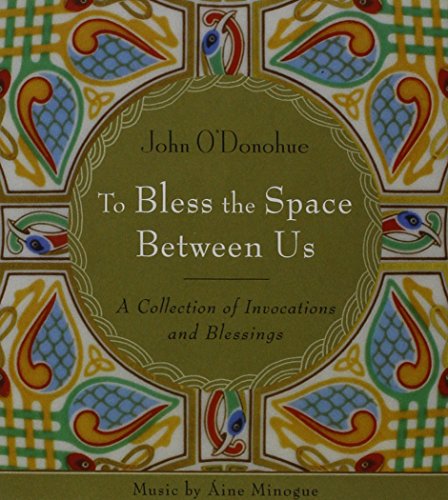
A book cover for To Bless the Space Between Us: A Collection of Invocations and Blessings; John O'Donohue; Religion & Spirituality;